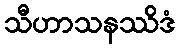
သီဟာသနဿိဒံ